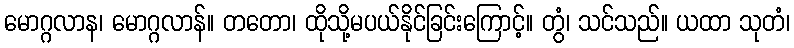
မောဂ္ဂလာန၊ မောဂ္ဂလာန်။ တတော၊ ထိုသို့မပယ်နိုင်ခြင်းကြောင့်။ တွံ၊ သင်သည်။ ယထာ သုတံ၊